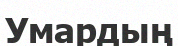
Умардың